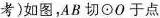
考)如图，AB切⊙O于点